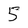
Character: 5